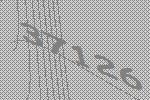
37126